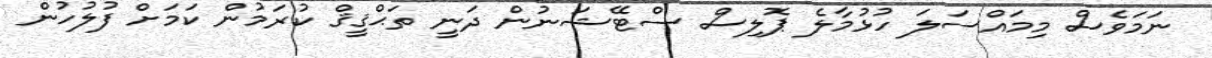
ނަމަވެސް މިމައްސަލަ ހުޅުމާލެ ޕޮލިސް ސްޓޭޝަނުން ދަނީ ތަޙްޤީޤް ކުރަމުން ކަމަށް ފުލުހުން